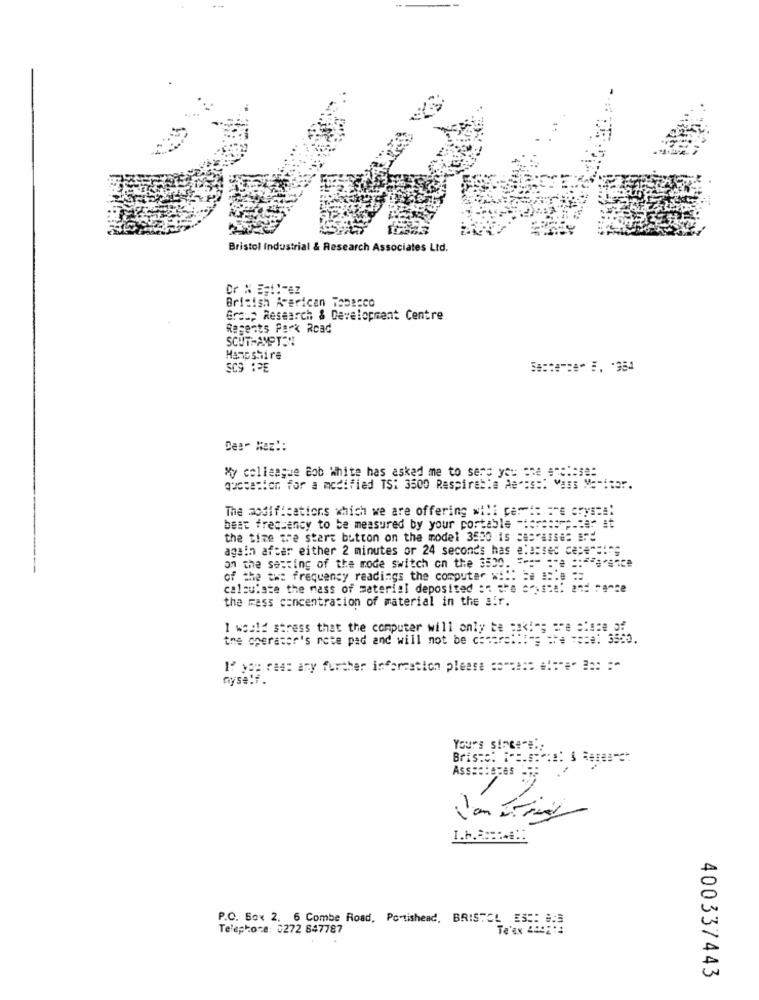
Bristol Industrial & Research Associates Ltd.
British Reerican Tobacco
Group Research & Development Centre
Regents Park Road
SOUTHAMPTON
Hampshire
3c: 635
De :- Hez !:
My colleague Bob White has asked me to sers you ane enclase:
quotation for a modified TS: 3500 Respirable As":s :: Vass Meritor.
The modifications which we are offering will cam !: = "e crystal
best frequency to be measured by your portable ======= p.ter
the time the start button on the model 3550 is cas asse: Bd
again after either 2 minutes or 24 seconds has classes cepercing
on the setting of the mode switch on the 3530. ==== == e ::===- ance
of the tw: frequency readings the computer wi !: ba asie ==
calculate the mass of material deposited :" the crystal and rante
the mass concentration of material in the air.
I would stress that the computer will only be ask!"; are alege of
the operator's note pad and will not be comprei !!== === === e: 35to.
If you res: any further information please comme :: # !: "e" 2a: : "
nyse!f.
Yours sincer !!
Asssotopes -;
I.b .======!:
P.O. Box 2, 6 Combe Road, Portishead, BRISTOL ES :: #:3
Telephone: 0272 847787
Te'EN 448211
400337443